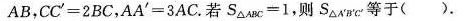
A B$$，$$C C '= 2 B C$$，$$A A ' = 3 A C$$。若$$S_{ △ A B C } = 1$$，则S_{△A ' B ' C ' }等于( )。